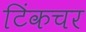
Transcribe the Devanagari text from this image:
टिंकचर